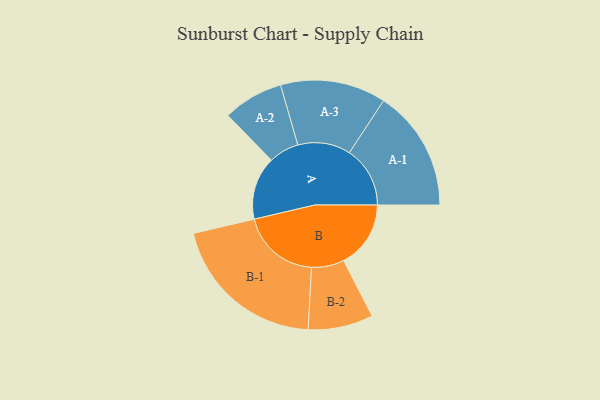
{"axis": {"x": "Segment", "y": "Value"}, "legend": ["", "A", "B"], "data": [{"x": "A", "y": 215, "type": ""}, {"x": "B", "y": 229, "type": ""}, {"x": "A-1", "y": 207, "type": "A"}, {"x": "A-2", "y": 103, "type": "A"}, {"x": "A-3", "y": 180, "type": "A"}, {"x": "B-1", "y": 269, "type": "B"}, {"x": "B-2", "y": 111, "type": "B"}]}